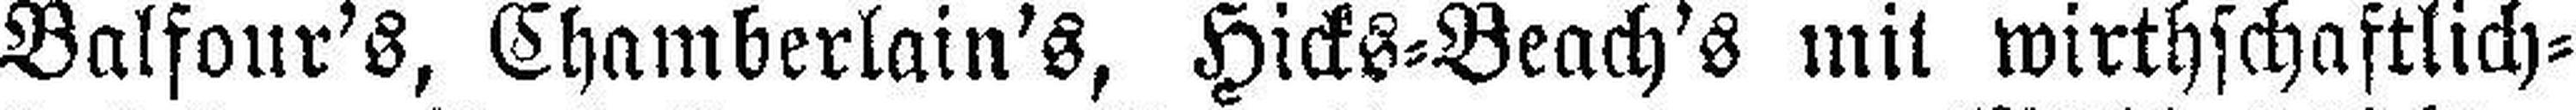
Balfour's, Chamberlain's, Hicks=Beach's mit wirthschaftlich¬